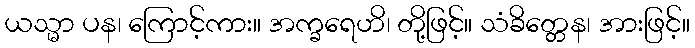
ယသ္မာ ပန၊ ကြောင့်ကား။ အက္ခရေဟိ၊ တို့ဖြင့်။ သံခိတ္တေန၊ အားဖြင့်။